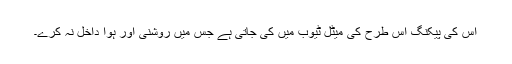
اس کی پیکنگ اس طرح کی میٹل ٹیوب میں کی جاتی ہے جس میں روشنی اور ہوا داخل نہ کرے۔